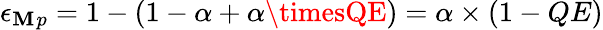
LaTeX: \epsilon_{\mathbf{M}}{}_{p}=1-(1-\alpha+\alpha\timesQE)=\alpha\times(1-QE)